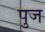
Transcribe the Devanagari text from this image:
पुज